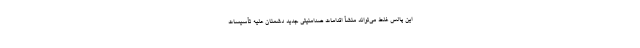
این پالس غلط می‌تواند منشأ اقدامات ضدامنیتی جدید دشمنان علیه تأسیسات